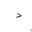
Letter: _dal